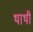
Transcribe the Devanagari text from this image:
थाथी